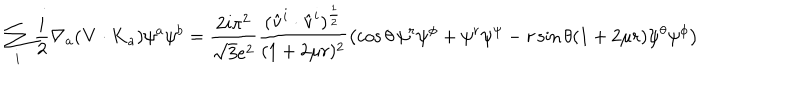
\sum _ { i } \frac { i } { 2 } \nabla _ { a } ( { \bf V } \cdot { \bf K } _ { a } ) \psi ^ { a } \psi ^ { b } = \frac { 2 i \pi ^ { 2 } } { \sqrt { 3 } e ^ { 2 } } \frac { ( \hat { \bf v } ^ { i } \cdot \hat { \bf v } ^ { i } ) ^ { \frac { 1 } { 2 } } } { ( 1 + 2 \mu r ) ^ { 2 } } \left( \cos \theta \, \psi ^ { r } \psi ^ { \phi } + \psi ^ { r } \psi ^ { \psi } - r \sin \theta ( 1 + 2 \mu r ) \psi ^ { \theta } \psi ^ { \phi } \right)